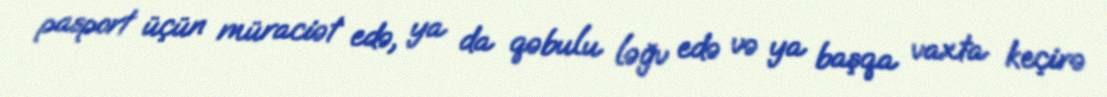
pasport üçün müraciət edə, ya da qəbulu ləğv edə və ya başqa vaxta keçirə